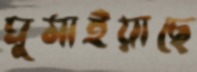
ঘুমাইয়াছে